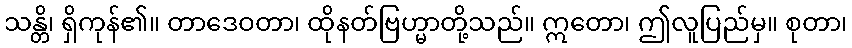
သန္တိ၊ ရှိကုန်၏။ တာဒေဝတာ၊ ထိုနတ်ဗြဟ္မာတို့သည်။ ဣတော၊ ဤလူပြည်မှ။ စုတာ၊